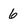
Character: 6